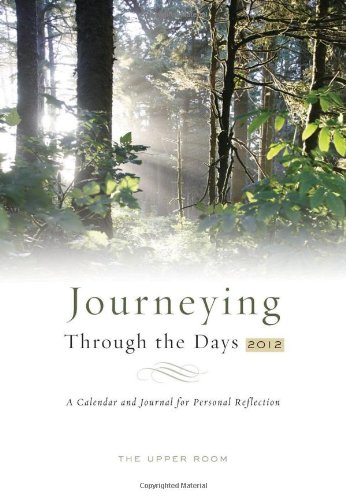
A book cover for Journeying Through the Days 2012; Upper Room; Calendars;